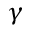
\gamma